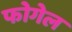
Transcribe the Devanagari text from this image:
फोगेल